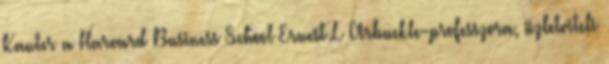
Kanter a Harvard Business School Ernest L Arbuckle-professzora, üzletviteli